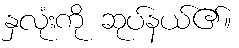
နှလုံးကို ဆုပ်နယ်၏။